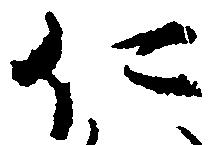
仁